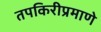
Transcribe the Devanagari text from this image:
तपकिरीप्रमाणे